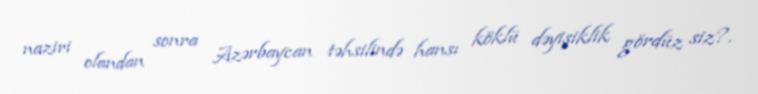
naziri olandan sonra Azərbaycan təhsilində hansı köklü dəyişiklik gördüz siz?.